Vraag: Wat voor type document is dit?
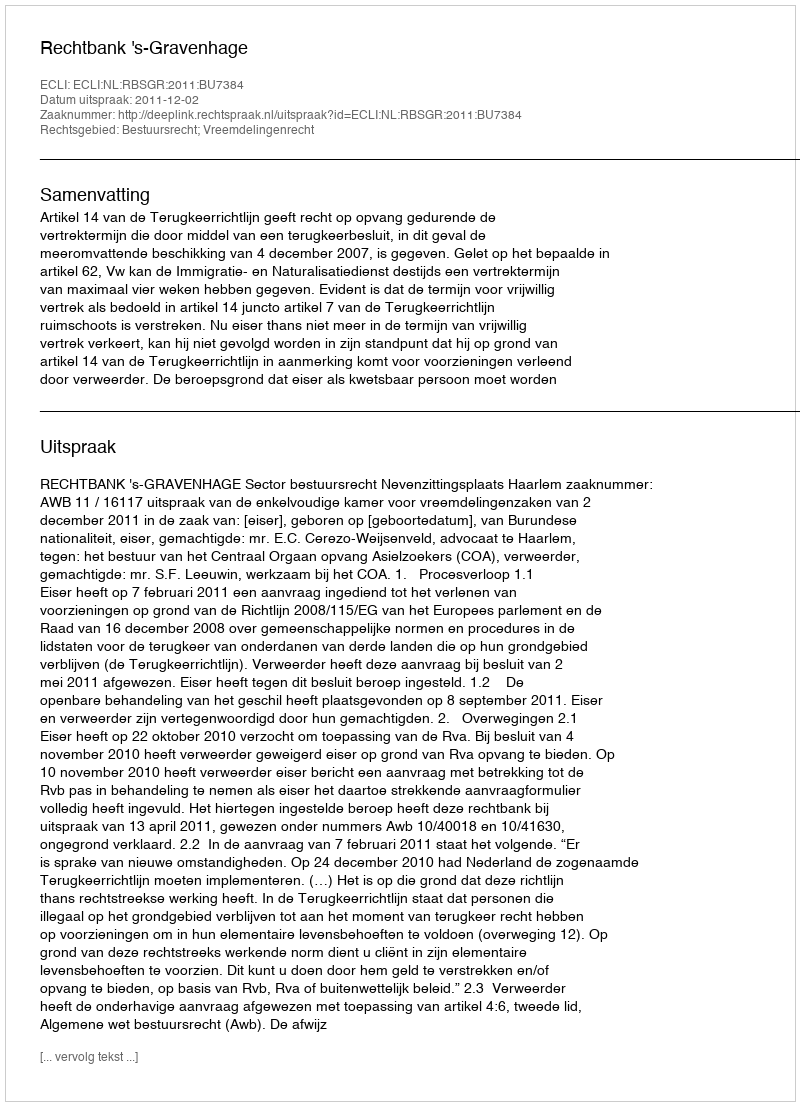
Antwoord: Uitspraak